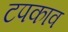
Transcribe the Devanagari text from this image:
टपकाव